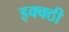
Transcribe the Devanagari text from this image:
इक्क्ठी